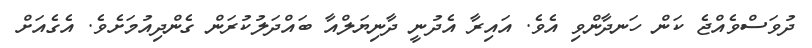
ދުވަސްވެއްޖެ ކަން ހަނދާންވި އެވެ. އައިރާ އެދުނީ ދާނިޔަލްއާ ބައްދަލުކުރަން ގެންދިއުމަށެވެ. އެގެއަށް